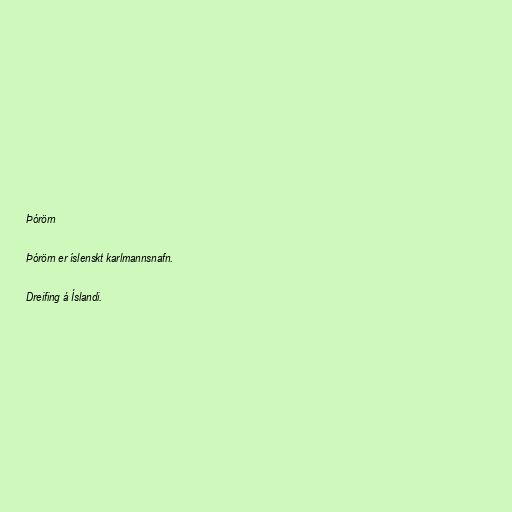
Þórörn

Þórörn er íslenskt karlmannsnafn.

Dreifing á Íslandi.